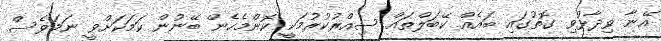
އޭނާ ވިދާޅުވި ގޮތުގައި ބައެއް ކޭބަލްތައް ސިއްރުކުރުމަކީ ކޮންމެހެން ބޭނުން ކަމަކަށްވީ ނަމަވެސް